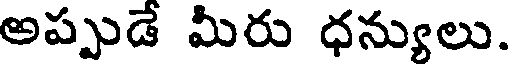
అప్పుడే మీరు ధన్యులు.